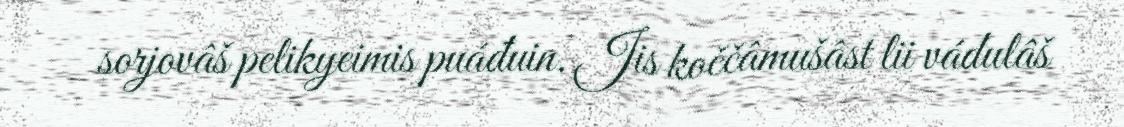
sorjovâš pelikyeimis puáđuin. Jis koččâmušâst lii vádulâš